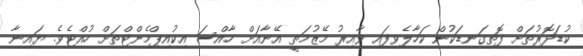
ކުޑަދޮރުތަށް ފޮތިގަނޑަކުން ކަހާލެވިފައި ވާއިރު މޭޒުމަތީ އޭނާއަށް ހާއްސަ އިކުއިޕްމެންޓްތަށް ހުއްޓެވެ. ޔައިނާ